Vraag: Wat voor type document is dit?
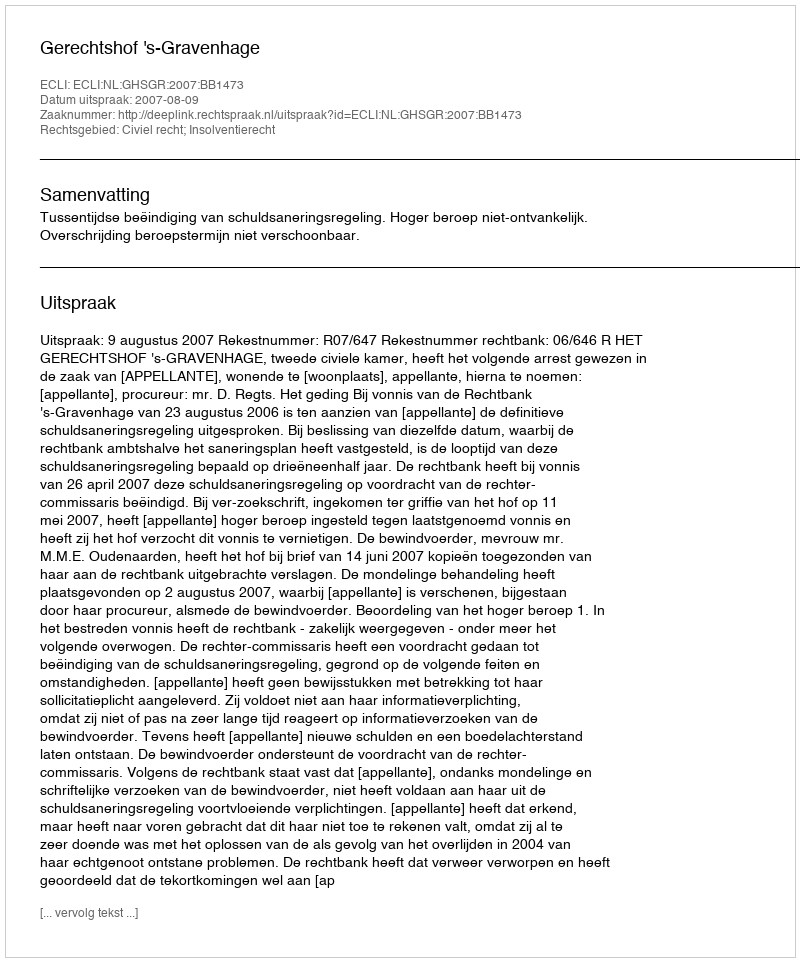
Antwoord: Uitspraak